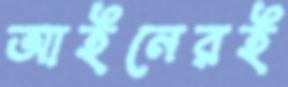
আইনেরই